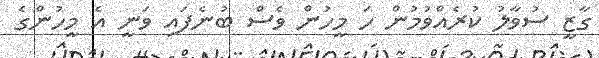
ގާޒީ ސުވާލު ކުރެއްވުމުން ހަ މީހުން ވެސް ބުނެފައި ވަނީ އެ މީހުންގެ